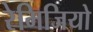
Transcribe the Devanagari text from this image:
रेमिजियो